Elephants and their diseases
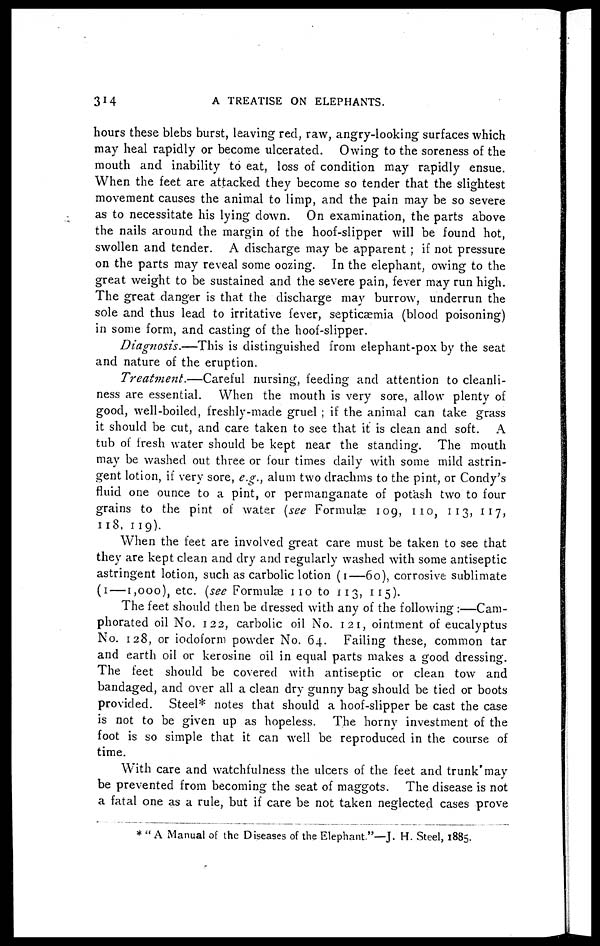
314
A TREATISE ON ELEPHANTS.
hours these blebs burst, leaving red, raw, angry-looking surfaces which
may heal rapidly or become ulcerated. Owing to the soreness of the
mouth and inability to eat, loss of condition may rapidly ensue.
When the feet are attacked they become so tender that the slightest
movement causes the animal to limp, and the pain may be so severe
as to necessitate his lying down. On examination, the parts above
the nails around the margin of the hoof-slipper will be found hot,
swollen and tender. A discharge may be apparent ; if not pressure
on the parts may reveal some oozing. In the elephant, owing to the
great weight to be sustained and the severe pain, fever may run high.
The great danger is that the discharge may burrow, underrun the
sole and thus lead to irritative fever, septicaemia (blood poisoning)
in some form, and casting of the hoof-slipper.
Diagnosis.—This is distinguished from elephant-pox by the seat
and nature of the eruption.
Treatment.—Careful
nursing, feeding and attention to cleanli-
ness are essential. When the mouth is very sore, allow plenty of
good, well-boiled, freshly-made gruel ; if the animal can take grass
it should be cut, and care taken to see that it is clean and soft. A
tub of fresh water should be kept near the standing. The mouth
may be washed out three or four times daily with some mild astrin-
gent lotion, if very sore, e.g., alum two drachms to the pint, or Condy's
fluid one ounce to a pint, or permanganate of potash two to four
grains to the pint of water (see Formulæ 109, 110, 113, 117,
118, 119).
When the feet are involved great care must be taken to see that
they are kept clean and dry and regularly washed with some antiseptic
astringent lotion, such as carbolic lotion (1—60), corrosive sublimate
(1—1,000), etc. (see Formulae no to 113, 115).
The feet should then be dressed with any of the following :—Cam-
phorated oil No. 122, carbolic oil No. 121, ointment of eucalyptus
No. 128, or iodoform powder No. 64. Failing these, common tar
and earth oil or kerosine oil in equal parts makes a good dressing.
The feet should be covered with antiseptic or clean tow and
bandaged, and over all a clean dry gunny bag should be tied or boots
provided. Steel* notes that should a hoof-slipper be cast the case
is not to be given up as hopeless. The horny investment of the
foot is so simple that it can well be reproduced in the course of
time.
With care and watchfulness the ulcers of the feet and trunk may
be prevented from becoming the seat of maggots. The disease is not
a fatal one as a rule, but if care be not taken neglected cases prove
* " A Manual of the Diseases of the Elephant"—J. H. Steel, 1885.